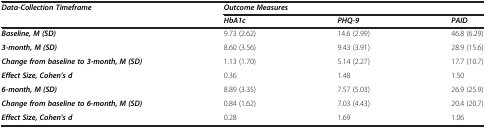
<table><thead><tr><td><b><i>Data-Collection Timeframe</i></b></td><td colspan="3"><b><i>Outcome Measures</i></b></td></tr><tr><td><b> </b></td><td><b><i>HbA1c</i></b></td><td><b><i>PHQ-9</i></b></td><td><b><i>PAID</i></b></td></tr></thead><tbody><tr><td><b><i>Baseline, M (SD)</i></b></td><td>9.73 (2.62)</td><td>14.6 (2.99)</td><td>46.8 (6.29)</td></tr><tr><td><b><i>3-month, M (SD)</i></b></td><td>8.60 (3.56)</td><td>9.43 (3.91)</td><td>28.9 (15.6)</td></tr><tr><td><b><i>Change from baseline to 3-month, M (SD)</i></b></td><td>1.13 (1.70)</td><td>5.14 (2.27)</td><td>17.7 (10.7)</td></tr><tr><td><b><i>Effect Size, Cohen’s d</i></b></td><td>0.36</td><td>1.48</td><td>1.50</td></tr><tr><td><b><i>6-month, M (SD)</i></b></td><td>8.89 (3.35)</td><td>7.57 (5.03)</td><td>26.9 (25.9)</td></tr><tr><td><b><i>Change from baseline to 6-month, M (SD)</i></b></td><td>0.84 (1.62)</td><td>7.03 (4.43)</td><td>20.4 (20.7)</td></tr><tr><td><b><i>Effect Size, Cohen’s d</i></b></td><td>0.28</td><td>1.69</td><td>1.06</td></tr></tbody></table>